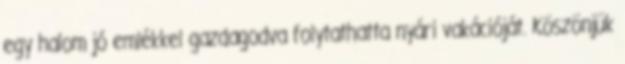
egy halom jó emlékkel gazdagodva folytathatta nyári vakációját. Köszönjük